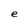
Character: e